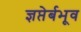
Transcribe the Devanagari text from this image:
ज्ञप्तेर्बभूव